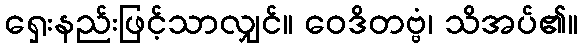
ရှေးနည်းဖြင့်သာလျှင်။ ဝေဒိတဗ္ဗံ၊ သိအပ်၏။